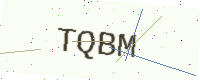
Text: TQBM